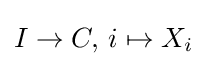
I\to C,\,i\mapsto X_{i}